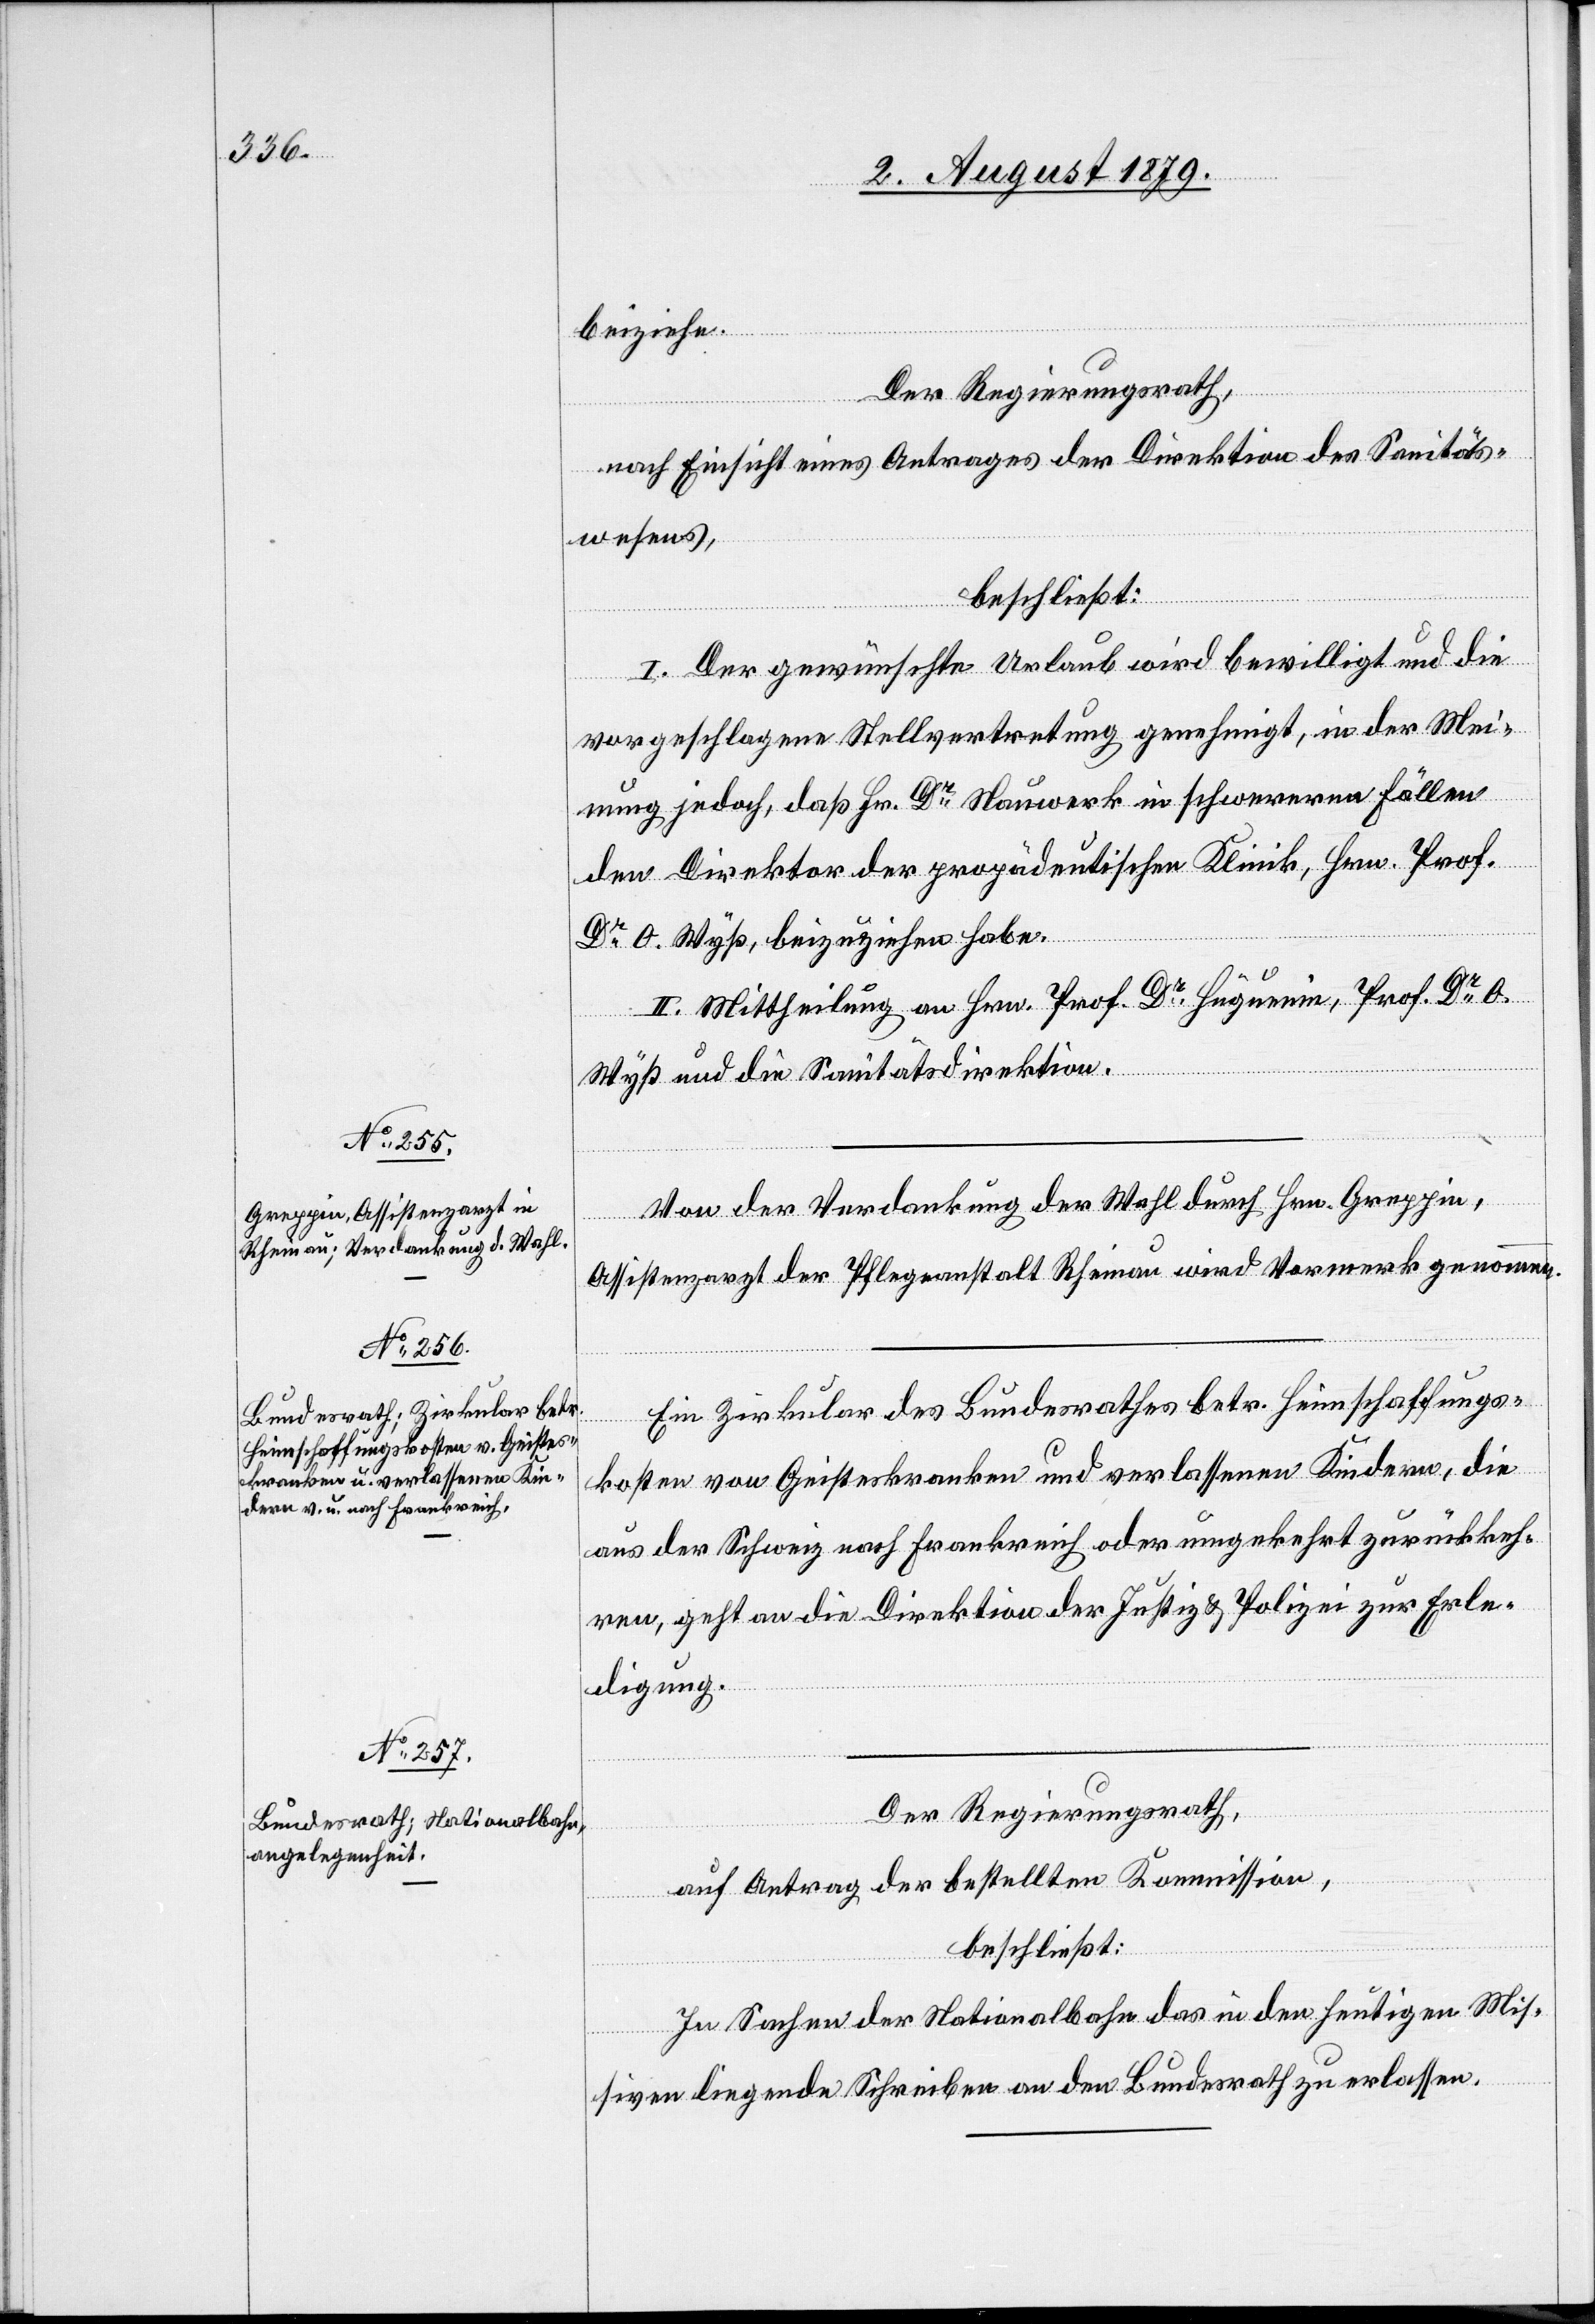
beiziehe.
Der Regierungsrath,
nach Einsicht eines Antrages der Direktion des Sanitäts¬
wesens,
beschließt:
I. Der gewünschte Urlaub wird bewilligt und die
vorgeschlagene Stellvertretung genehmigt, in der Mei¬
nung jedoch, daß Hr. Dr Nauwerk in schwereren Fällen
den Direktor der propädeutischen Klinik, Hrn. Prof.
Dr O. Wyß, beizuziehen habe.
II. Mittheilung an Hrn. Prof. Dr Hüguenin, Prof. Dr O.
Wyß und die Sanitätsdirektion.
Von der Verdankung der Wahl durch Hrn. Greppin,
Assistenzarzt der Pflegeanstalt Rheinau wird Vormerk genommen.
Ein Zirkular des Bundesrathes betr. Heimschaffungs¬
kosten von Geisteskranken und verlassenen Kindern, die
aus der Schweiz nach Frankreich oder umgekehrt zurückkeh¬
ren, geht an die Direktion der Justiz & Polizei zur Erle¬
digung.
Der Regierungsrath,
auf Antrag der bestellten Kommission,
beschließt:
In Sachen der Nationalbahn das in den heutigen Mis¬
siven liegende Schreiben an den Bundesrath zu erlassen.